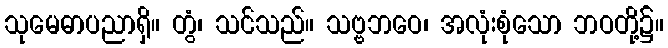
သုမေဓာပညာရှိ။ တွံ၊ သင်သည်။ သဗ္ဗဘဝေ၊ အလုံးစုံသော ဘဝတို့၌။